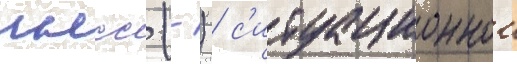
гнсс (-) / с'итуационнои